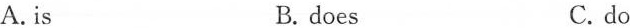
A. is B. does C. do